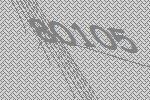
80105